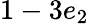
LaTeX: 1-3e_{2}